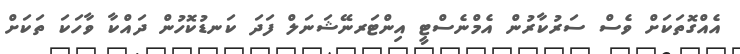
އެއްގޮތަކަށް ވެސް ސަރުކާރުން އެމްނެސްޓީ އިންޓަރނޭޝަނަލް ފަދަ ކަނޑުކޮހުން ދައްކާ ވާހަކަ ތަކަށް